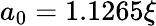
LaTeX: a_{0}=1.1265\xi